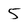
Character: 5